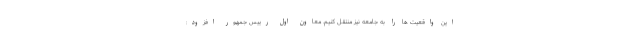
این واقعیت ها را به جامعه نیز منتقل کنیم. معاون اول رییس جمهور افزود: